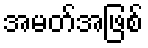
အမတ်အဖြစ်